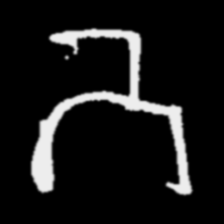
Pyu character \u2014 Myanmar letter: ဘ (romanized: bha)